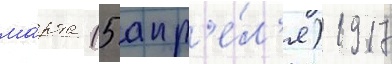
ма́рта (5 апр'е́л'я) 1917